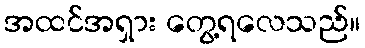
အထင်အရှား တွေ့ရလေသည်။